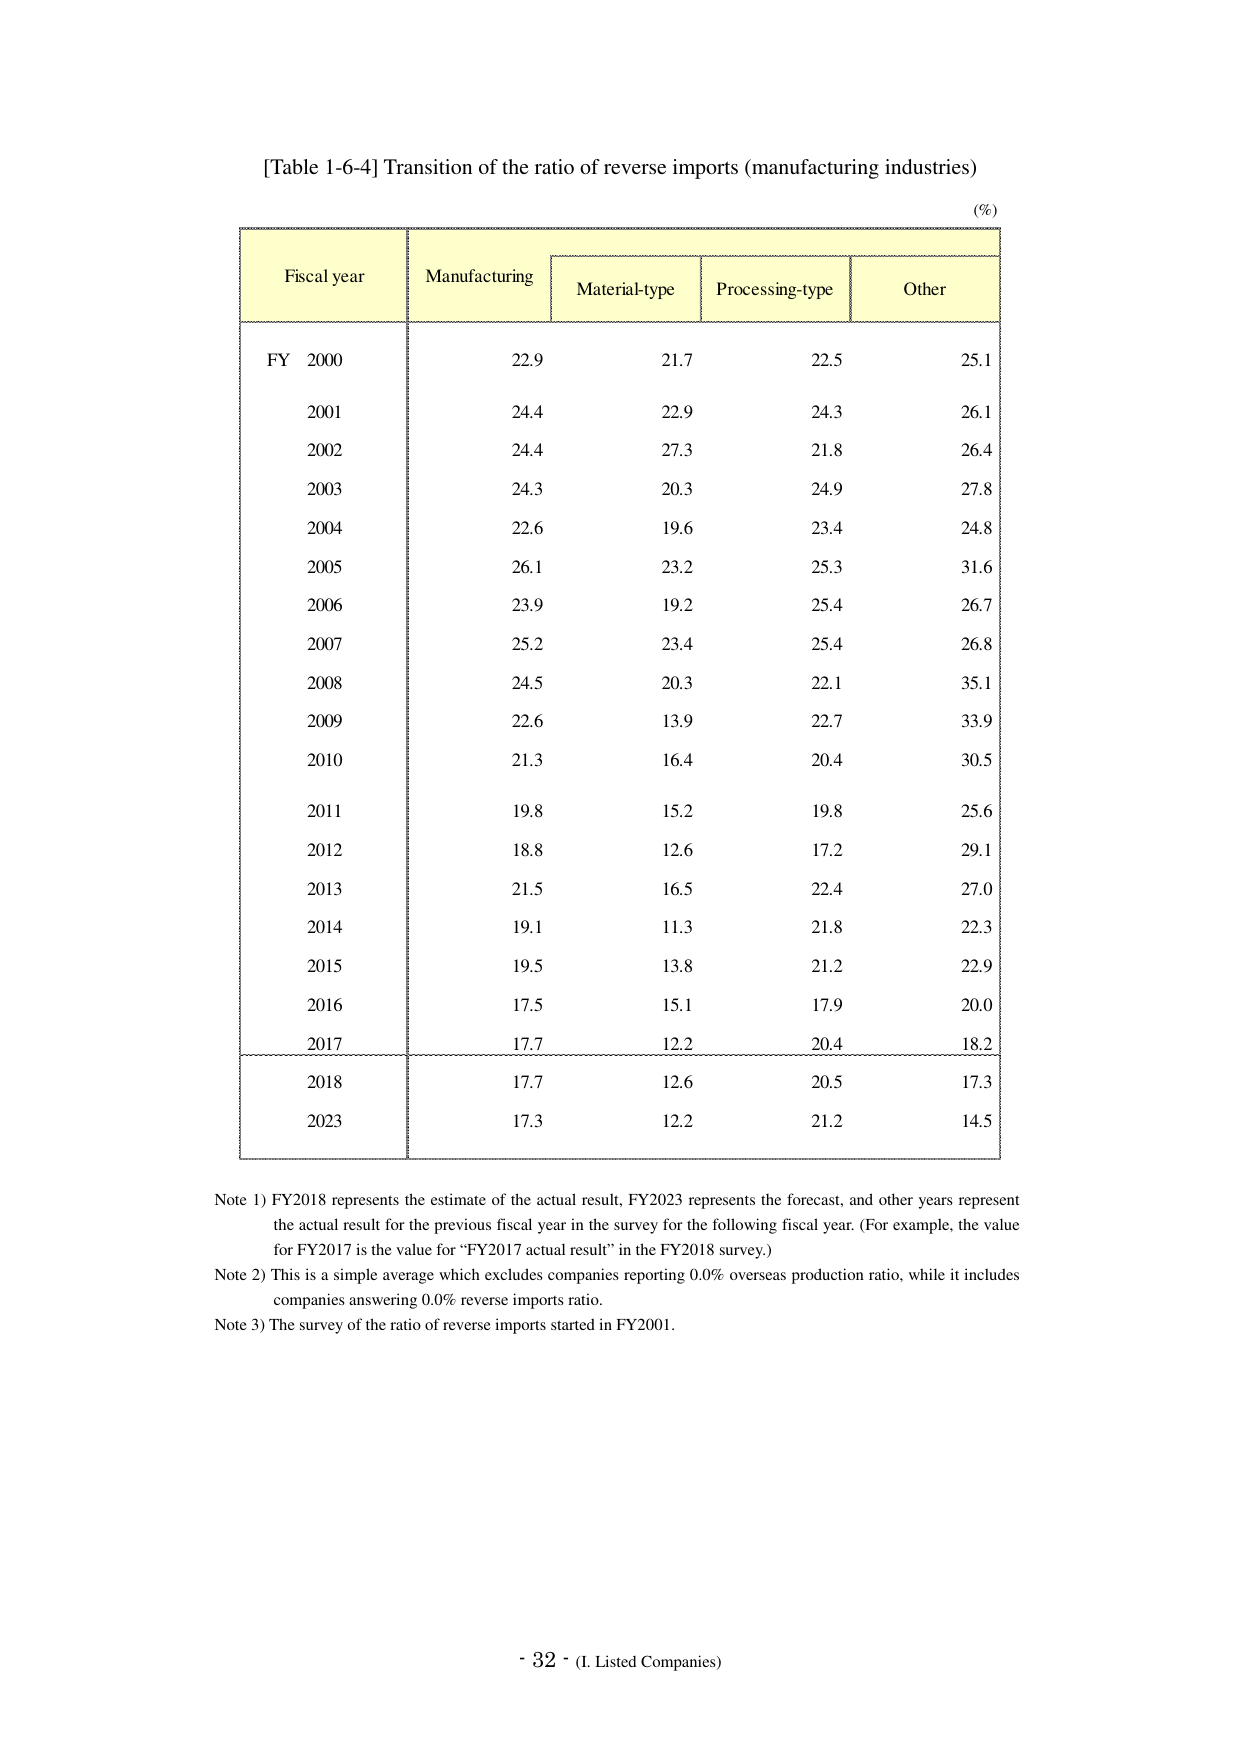
[Table 1-6-4] Transition of the ratio of reverse imports (manufacturing industries)

(%)

Fiscal year    Manufacturing    Material-type    Processing-type    Other
FY 2000       22.9             21.7             22.5             25.1
2001          24.4             22.9             24.3             26.1
2002          24.4             27.3             21.8             26.4
2003          24.3             20.3             24.9             27.8
2004          22.6             19.6             23.4             24.8
2005          26.1             23.2             25.3             31.6
2006          23.9             19.2             25.4             26.7
2007          25.2             23.4             25.4             26.8
2008          24.5             20.3             22.1             35.1
2009          22.6             13.9             22.7             33.9
2010          21.3             16.4             20.4             30.5
2011          19.8             15.2             19.8             25.6
2012          18.8             12.6             17.2             29.1
2013          21.5             16.5             22.4             27.0
2014          19.1             11.3             21.8             22.3
2015          19.5             13.8             21.2             22.9
2016          17.5             15.1             17.9             20.0
2017          17.7             12.2             20.4             18.2
2018          17.7             12.6             20.5             17.3
2023          17.3             12.2             21.2             14.5

Note 1) FY2018 represents the estimate of the actual result, FY2023 represents the forecast, and other years represent the actual result for the previous fiscal year in the survey for the following fiscal year. (For example, the value for FY2017 is the value for “FY2017 actual result” in the FY2018 survey.)

Note 2) This is a simple average which excludes companies reporting 0.0% overseas production ratio, while it includes companies answering 0.0% reverse imports ratio.

Note 3) The survey of the ratio of reverse imports started in FY2001.

- 32 - (I. Listed Companies)